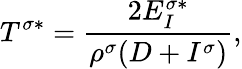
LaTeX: T^{\sigma*}=\frac{2E_{I}^{\sigma*}}{\rho^{\sigma}(D+I^{\sigma})},